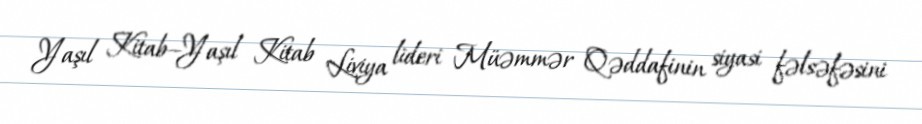
Yaşıl Kitab—Yaşıl Kitab Liviya lideri Müəmmər Qəddafinin siyasi fəlsəfəsini